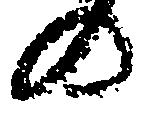
の